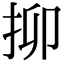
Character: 㧕